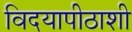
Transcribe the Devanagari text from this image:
विदयापीठाशी